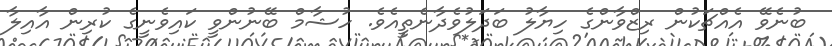
ބުނެވޭ އެއްޗަކުން ރިޒްވާންގެ ހިޔާލު ބަދަލުވެދާނެތީއެވެ. ހުޝާމް ބޭނުންވީ ކައިވެނީގެ ކުރިން އާއިލާ